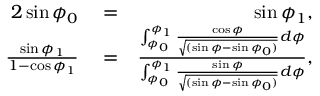
\begin{array} { r l r } { 2 \sin \phi _ { 0 } } & { { } = } & { \sin \phi _ { 1 } , } \\ { \frac { \sin \phi _ { 1 } } { 1 - \cos \phi _ { 1 } } } & { { } = } & { \frac { \int _ { \phi _ { 0 } } ^ { \phi _ { 1 } } \frac { \cos \phi } { \sqrt { ( \sin \phi - \sin \phi _ { 0 } ) } } d \phi } { \int _ { \phi _ { 0 } } ^ { \phi _ { 1 } } \frac { \sin \phi } { \sqrt { ( \sin \phi - \sin \phi _ { 0 } ) } } d \phi } , } \end{array}